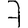
Digit: 7